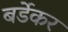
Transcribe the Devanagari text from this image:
बर्डेकर